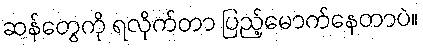
ဆန်တွေကို ရလိုက်တာ ပြည့်မောက်နေတာပဲ။